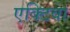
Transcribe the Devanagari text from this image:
एक्टिवा